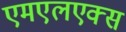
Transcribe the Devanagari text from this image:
एमएलएक्स